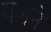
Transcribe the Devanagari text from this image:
यशने